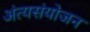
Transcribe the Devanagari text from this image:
अंत्यसंयोजन